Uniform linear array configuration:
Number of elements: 48
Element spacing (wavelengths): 0.5
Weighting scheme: kaiser
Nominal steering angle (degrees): -45
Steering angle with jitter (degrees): -44.308
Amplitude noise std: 0.05
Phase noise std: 0.05

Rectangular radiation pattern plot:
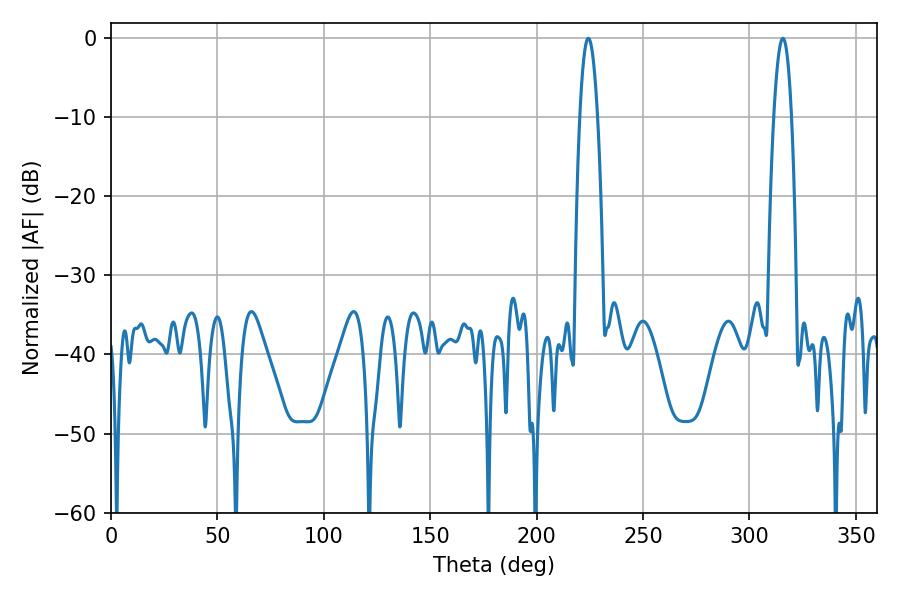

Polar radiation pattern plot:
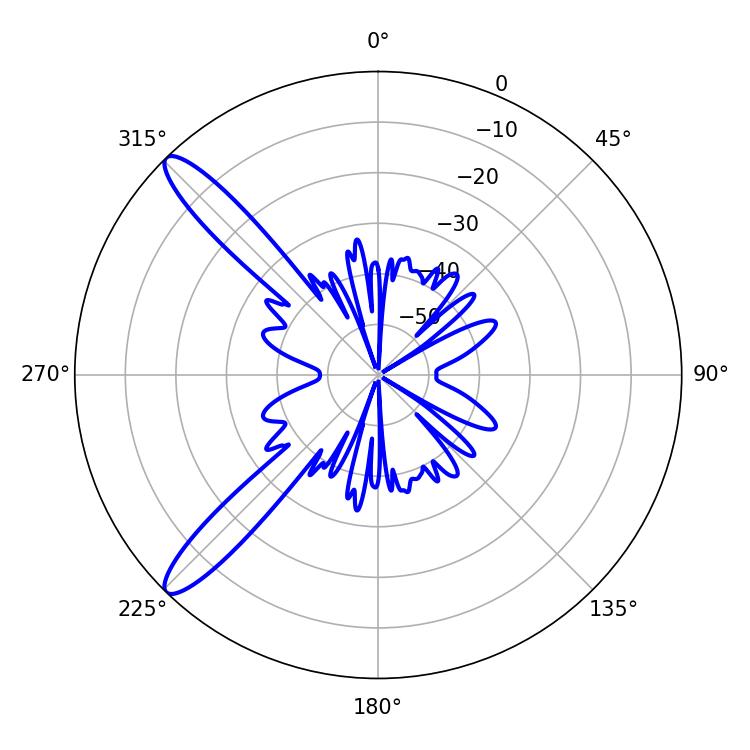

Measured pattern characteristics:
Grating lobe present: FALSE
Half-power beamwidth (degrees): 4.5
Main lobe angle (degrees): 224.28